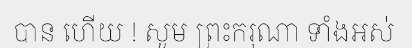
បាន ហើយ ! សូម ព្រះករុណា ទាំងអស់